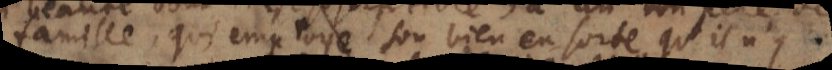
famille, qui employe son bien en sorte qu’il n’y